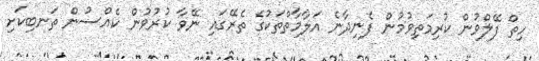
ހިތް ފޭލްވުން ކުރިމަތިވުމުން ފެނިދާނެ އަލާމާތްތަކުގެ ތެރޭގައި ނޭވާ ކުރުވުން ކެއްސުން ތަނބިކަށި